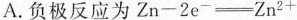
A.负极反应为$$Z n - 2 e ^ { - } \xlongqual [ ] { } Z n ^ { 2 }$$